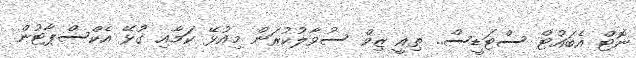
ނޮޓް އެބައުޓް ސްޓަޑީސް.. ތިއީ ޒިވް ސުވާލުކުރަން މިއުޅޭ ކަމާއި ގުޅޭ އެކްސްޕާޓުން